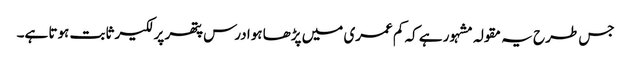
جس طرح یہ مقولہ مشہور ہے کہ کم عمری میں پڑھا ہوا درس پتھر پر لکیر ثابت ہوتا ہے۔